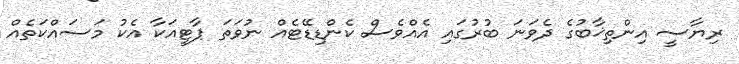
ރިޔާސީ އިންތިޚާބުގެ ދެވަނަ ބުރުގައި އެއްވެސް ކެންޑިޑޭޓެއް ނުވަތަ ޕާޓީއަކާ އެކު މަސައްކަތެއް